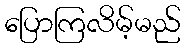
ပြောကြလိမ့်မည်